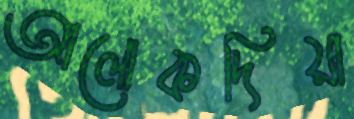
আলোকদিয়া